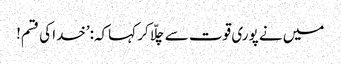
میں نے پوری قوت سے چلّا کر کہاکہ:’خدا کی قسم!